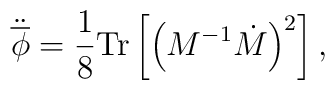
\ddot{\overline{\phi}}=\frac{1}{8}\mathrm{Tr}\left[\left( M^{-1}\dot{M}\right)^2\right],